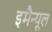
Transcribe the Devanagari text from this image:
इमैन्यूल